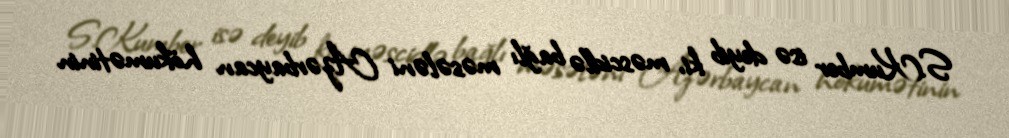
S.Kumber isə deyib ki, məscidlə bağlı məsələni Azərbaycan hökumətinin